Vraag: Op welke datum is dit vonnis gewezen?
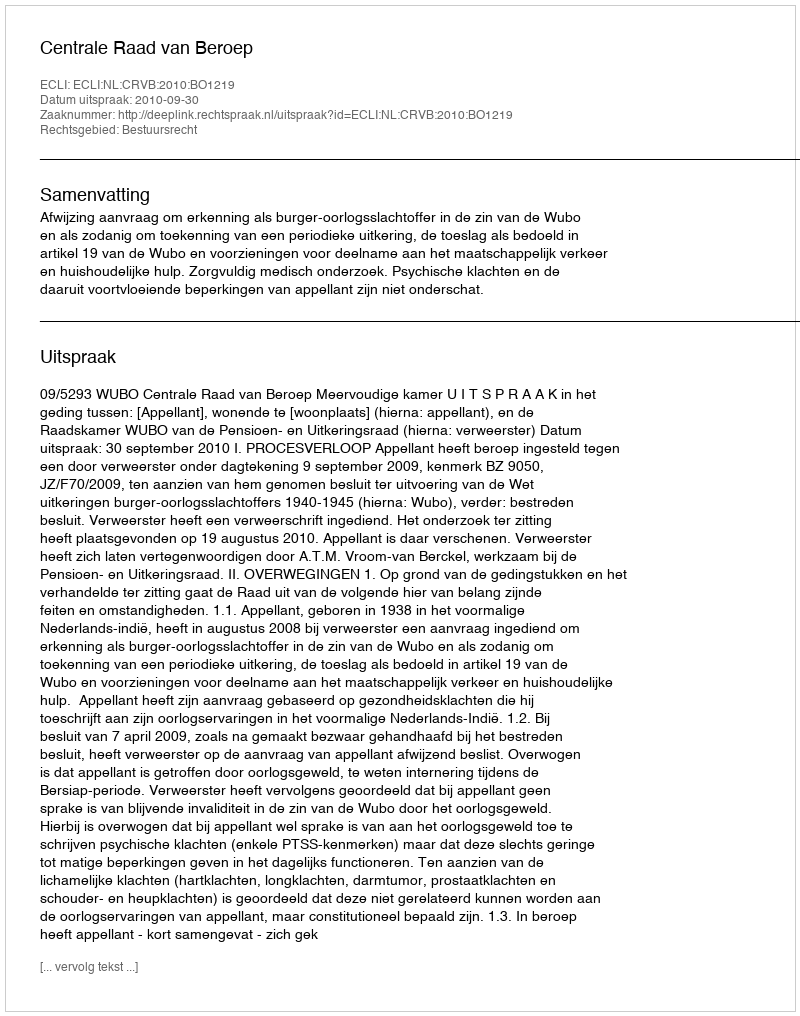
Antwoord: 2010-09-30